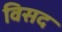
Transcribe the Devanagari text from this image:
विसद